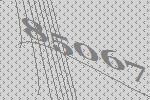
85067